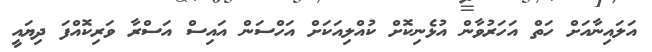
އަލައިނާއަށް ހަތް އަހަރުވާން އުޅެނިކޮށް ކުއްލިއަކަށް އަހްސަން އައިސް އަސްރާ ވަރިކޮއްފަ ދިޔައީ